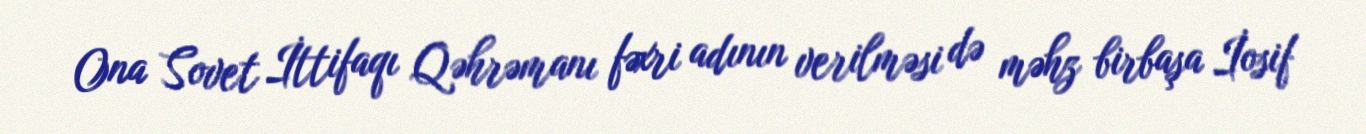
Ona Sovet İttifaqı Qəhrəmanı fəxri adının verilməsi də məhz birbaşa İosif